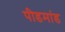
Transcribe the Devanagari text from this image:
पीडमांड